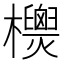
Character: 𣠙